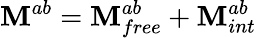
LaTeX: \mathbf{M}^{ab}=\mathbf{M}_{free}^{ab}+\mathbf{M}_{int}^{ab}